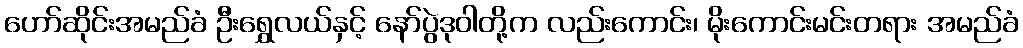
ဟော်ဆိုင်းအမည်ခံ ဦးရွှေလယ်နှင့် နော်ပွဲဒုဝါတို့က လည်းကောင်း၊ မိုးကောင်းမင်းတရား အမည်ခံ